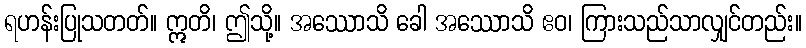
ရဟန်းပြုသတတ်။ ဣတိ၊ ဤသို့။ အဿောသိ ခေါ အဿောသိ ဧဝ၊ ကြားသည်သာလျှင်တည်း။